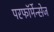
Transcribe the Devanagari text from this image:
परफॉर्मेन्सेज